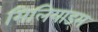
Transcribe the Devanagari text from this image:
मिलियाड्स